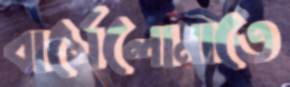
বার্সেলোনাতে